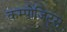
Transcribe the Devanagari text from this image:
कम्पोजिट्स